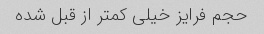
حجم فرایز خیلی کمتر از قبل شده